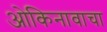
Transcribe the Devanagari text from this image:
ओकिनावाचा